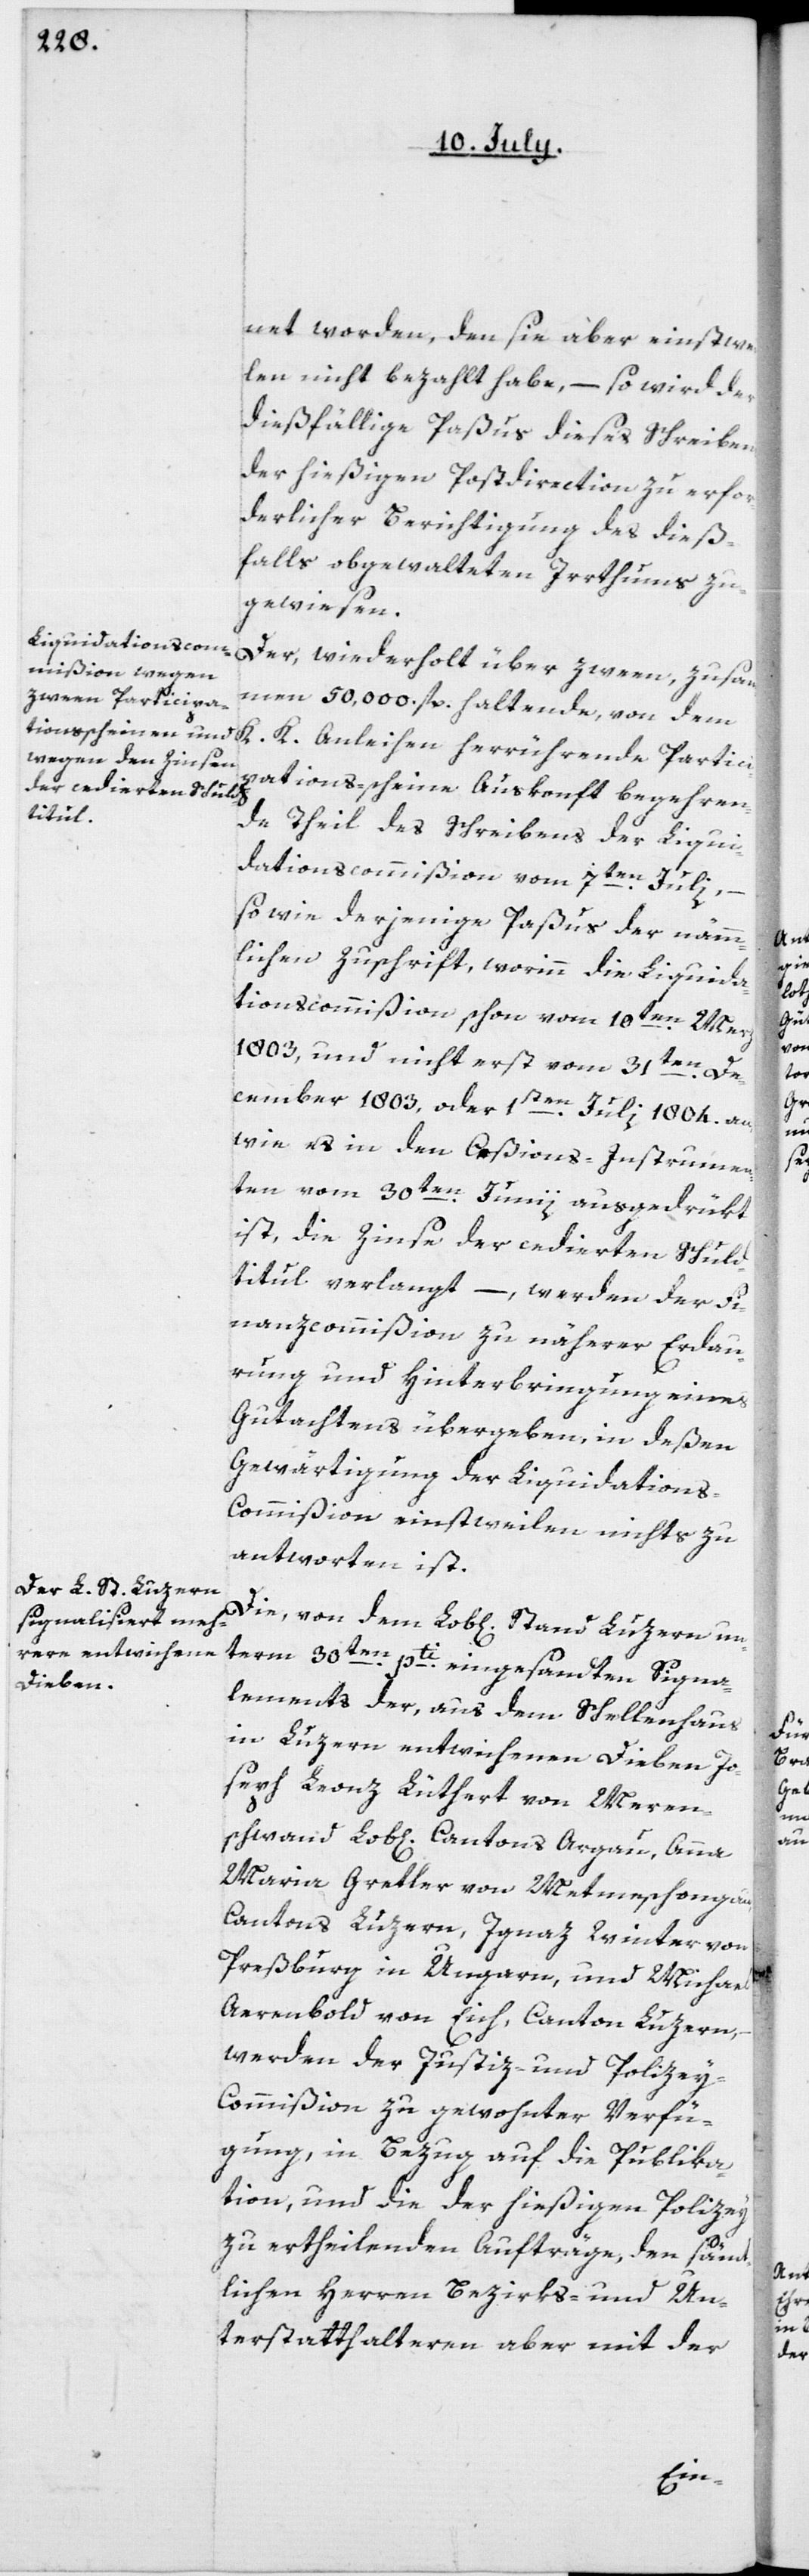
net worden, den sie aber einstwei¬
len nicht bezahlt habe, – so wird der
dießfällige Paßus dieses Schreibens,
der hießigen Postdirection zu erfor¬
derlicher Berichtigung des dieß¬
falls obgewalteten Irrthums zu¬
gewiesen.
Der, wiederholt über zween zusam¬
men 50,000 fl. haltende, von dem
pations-scheine Auskonft begehren¬
Partici¬
de Theil des Schreibens der Liqui¬
dationscommißion vom 7ten Julii,
so wie derjenige Paßus der nämm¬
lichen Zuschrift, worinn die Liquida¬
tionscommißion schon vom 10ten Merz
1803, und nicht erst vom 31sten De¬
cember 1803, oder 1sten Julii 1804. an,
wie es in den Ceßions-Instrumen¬
ten vom 30ten Junii ausgedrükt
ist, die Zinse der cedierten Schuld¬
titul verlangt, – werden der Fi¬
nanzcommißion zu näherer Erdau¬
rung und Hinterbringung eines
Gutachtens übergeben, in deßen
Gewärtigung der Liquidation¬
s-Commißion einstweilen nichts zu
antworten ist.
Die, von dem Lob[lichen] Stand Luzern un¬
term 30ten pti eingesandten Signa¬
lements der, aus dem Schellenhaus
in Luzern entwichenen Dieben Jo¬
seph Leonz Lüthert von Meren¬
schwand Lob[lichen] Cantons Argau, Anna
Maria Gretler von Metmeschongau,
Cantons Luzern, Ignaz Winter von
Preßburg in Ungarn, und Michael
Aerenbold von Eich, Canton Luzern,
werden der Justiz- und Polize¬
y-Commißion zu gewohnter Verfü¬
gung, in Bezug auf die Publika¬
tion, und die der hießigen Polizey
zu ertheilenden Aufträge, den säm¬
tlichen Herren Bezirks- und Un¬
terstatthalteren aber mit der